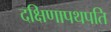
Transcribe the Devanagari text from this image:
दक्षिणापथपति